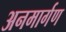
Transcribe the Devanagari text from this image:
अनमार्गण